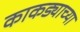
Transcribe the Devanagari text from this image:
काकड्याच्या